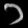
Digit: ၁